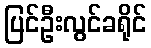
ပြင်ဦးလွင်ခရိုင်